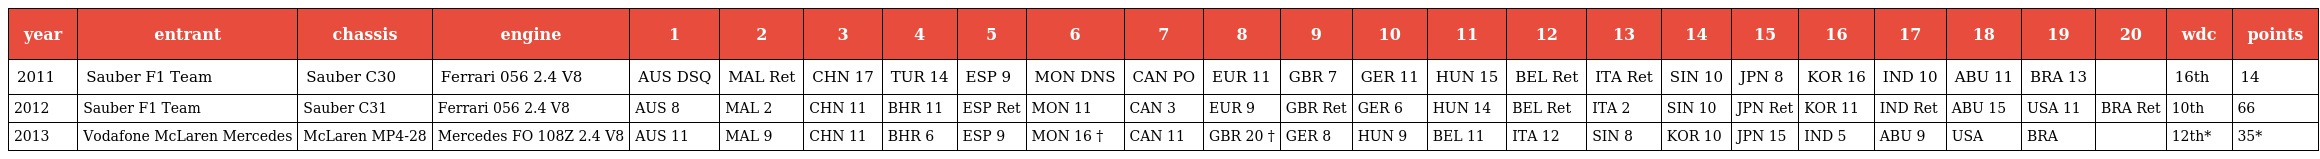
| year | entrant | chassis | engine | 1 | 2 | 3 | 4 | 5 | 6 | 7 | 8 | 9 | 10 | 11 | 12 | 13 | 14 | 15 | 16 | 17 | 18 | 19 | 20 | wdc | points |
 | --- | --- | --- | --- | --- | --- | --- | --- | --- | --- | --- | --- | --- | --- | --- | --- | --- | --- | --- | --- | --- | --- | --- | --- | --- | --- |
 | 2011 | Sauber F1 Team | Sauber C30 | Ferrari 056 2.4 V8 | AUS DSQ | MAL Ret | CHN 17 | TUR 14 | ESP 9 | MON DNS | CAN PO | EUR 11 | GBR 7 | GER 11 | HUN 15 | BEL Ret | ITA Ret | SIN 10 | JPN 8 | KOR 16 | IND 10 | ABU 11 | BRA 13 |  | 16th | 14 |
 | 2012 | Sauber F1 Team | Sauber C31 | Ferrari 056 2.4 V8 | AUS 8 | MAL 2 | CHN 11 | BHR 11 | ESP Ret | MON 11 | CAN 3 | EUR 9 | GBR Ret | GER 6 | HUN 14 | BEL Ret | ITA 2 | SIN 10 | JPN Ret | KOR 11 | IND Ret | ABU 15 | USA 11 | BRA Ret | 10th | 66 |
 | 2013 | Vodafone McLaren Mercedes | McLaren MP4-28 | Mercedes FO 108Z 2.4 V8 | AUS 11 | MAL 9 | CHN 11 | BHR 6 | ESP 9 | MON 16 † | CAN 11 | GBR 20 † | GER 8 | HUN 9 | BEL 11 | ITA 12 | SIN 8 | KOR 10 | JPN 15 | IND 5 | ABU 9 | USA | BRA |  | 12th* | 35* |